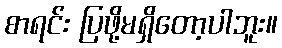
စာရင်း ပြဖို့မရှိတော့ပါဘူး။